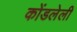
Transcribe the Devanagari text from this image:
कोंडलेली